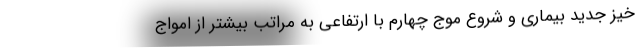
خیز جدید بیماری و شروع موج چهارم با ارتفاعی به مراتب بیشتر از امواج